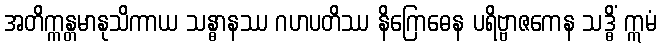
အတိက္ကန္တမာနုသိကာယ သန္ဓာနဿ ဂဟပတိဿ နိဂြောဓေန ပရိဗ္ဗာဇကေန သဒ္ဓိံ ဣမံ